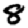
Digit: 8